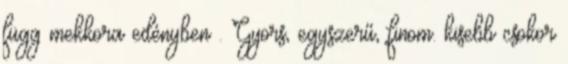
függ mekkora edényben . Gyors, egyszerű, finom. kisebb csokor